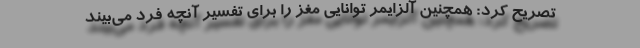
تصریح کرد: همچنین آلزایمر توانایی مغز را برای تفسیر آنچه فرد می‌بیند